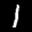
Label: 1